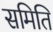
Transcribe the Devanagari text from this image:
समिति